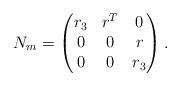
LaTeX: \begin{align*}N_m = \begin{pmatrix} r_3 & r^T& 0 \\ 0&0&r\\ 0&0& r_3\end{pmatrix}.\end{align*}